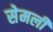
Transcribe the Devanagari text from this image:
सेमली